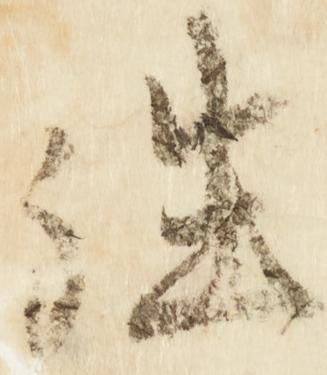
往